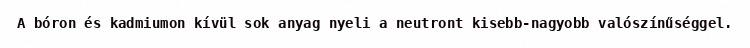
A bóron és kadmiumon kívül sok anyag nyeli a neutront kisebb-nagyobb valószínűséggel.